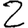
Digit: 2